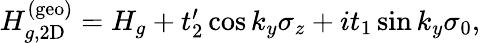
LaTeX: \begin{array}{r}{H_{g,\mathrm{2D}}^{(\mathrm{geo)}}=H_{g}+t_{2}^{\prime}\cos k_{y}\sigma_{z}+it_{1}\sin k_{y}\sigma_{0},}\end{array}